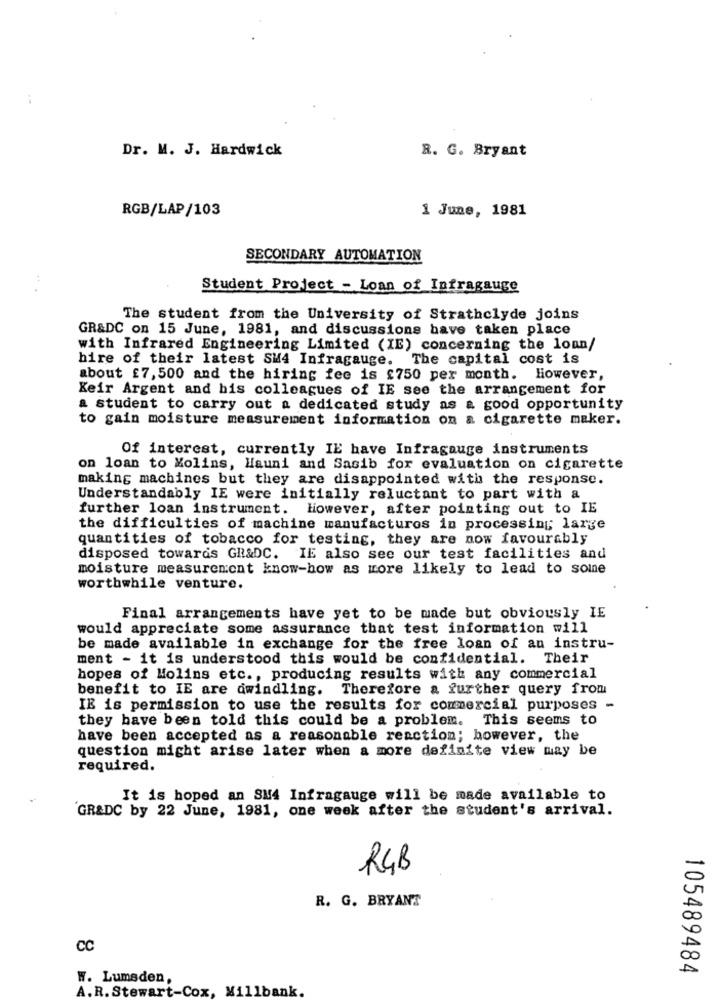
Dr. M. J. Hardwick
R. G. Bryant
RGB/LAP/103
1 June, 1981
SECONDARY AUTOMATION
Student Project - Loan of Infragauge
The student from the University of Strathclyde joins
GR&DC on 15 June, 1981, and discussions have taken place
with Infrared Engineering Limited (IE) concerning the lonn/
hire of their latest SM4 Infragauge.
The capital cost is
about £7, 500 and the hiring fee is £750 per month. However,
Keir Argent and his colleagues of IE see the arrangement for
a student to carry out a dedicated study as a good opportunity
to gain moisture measurement information on a cigarette maker.
Of interest, currently IE have Infragauge instruments
on loan to Molins, Hauni and Sasib for evaluation on cigarette
making machines but they are disappointed with the response.
Understandably IE were initially reluctant to part with a
further loan instrument. However, after pointing out to IE
the difficulties of machine manufactures in processing; large
quantities of tobacco for testing, they are now favourably
disposed towards GR&DC. IE also see our test facilities and
moisture measurement know-how as more likely to lead to somne
worthwhile venture.
Final arrangements have yet to be made but obviously IE
would appreciate some assurance that test information will
be made available in exchange for the free loan of an instru-
ment - it is understood this would be confidential. Their
hopes of Molins etc ., producing results with any commercial
benefit to IE are dwindling. Therefore a further query from
IE is permission to use the results for commercial purposes -
they have been told this could be a problem. This seems to
have been accepted as a reasonable reaction; however, the
question might arise later when a more definite view may be
required.
It is hoped an SM4 Infragauge will be made available to
GR&DC by 22 June, 1981, one week after the student's arrival.
RGB
R. G. BRYANT
CC
105489484
W. Lumsden,
A. R. Stewart-Cox, Millbank.